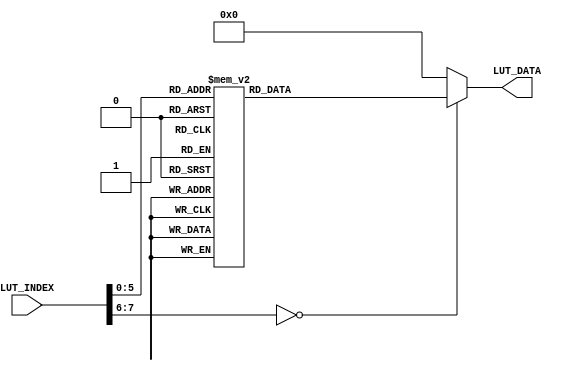
`timescale 1ns / 1ps
//////////////////////////////////////////////////////////////////////////////////
// Company: 
// Engineer: 
// 
// Design Name: 
// Module Name:    i2c_hdmi_config 
// Project Name: 
// Target Devices: 
// Tool versions: 
// Description: 
//
// Dependencies: 
//
// Revision: 
// Revision 0.01 - File Created
// Additional Comments: 
//
//////////////////////////////////////////////////////////////////////////////////
module i2c_hdmi_config(
		input [7:0] LUT_INDEX,
		output reg [15:0] LUT_DATA
    );
/////////////////////	Config Data LUT	  //////////////////////////	
always@(*)
begin
	case(LUT_INDEX)
	//Audio Config Data
	//Read Data Index
	 0 	: 	LUT_DATA	= 	16'h1204;	
	 1 	: 	LUT_DATA	= 	16'h40d0;	
	 2 	: 	LUT_DATA	= 	16'h3a04;	
	 3 	: 	LUT_DATA	=	16'h3dc8;	
	 4 	: 	LUT_DATA	= 	16'h1e01;	
	 5 	: 	LUT_DATA	= 	16'h6b00;	
	 6 	: 	LUT_DATA	= 	16'h32b6;	
	 7 	: 	LUT_DATA	= 	16'h1713;	
	 8 	: 	LUT_DATA	= 	16'h1801;	
	 9 	: 	LUT_DATA	= 	16'h1902;	
	 10	: 	LUT_DATA	= 	16'h1a7a;	
	 11	: 	LUT_DATA	= 	16'h030a;	
	 12   : 	LUT_DATA	= 	16'h0c00;	
	 13   : 	LUT_DATA	= 	16'h3e00;	
	 14 : 	LUT_DATA	= 	16'h7000;	
	 15 : 	LUT_DATA	= 	16'h7100;	
	 16 : 	LUT_DATA	= 	16'h7211;	
	 17 : 	LUT_DATA	= 	16'h7300;	
	 18 : 	LUT_DATA	= 	16'ha202;	
	 19 : 	LUT_DATA	= 	16'h1180;	
	 20 : 	LUT_DATA	= 	16'h7a20;
	 21 : 	LUT_DATA	= 	16'h7b1c;
	 22 : 	LUT_DATA	= 	16'h7c28;
	 23 : 	LUT_DATA	= 	16'h7d3c;
	 24 : 	LUT_DATA	= 	16'h7e55;
	 25 : 	LUT_DATA	= 	16'h7f68;
	 26 : 	LUT_DATA	= 	16'h8076;
	 27 : 	LUT_DATA	= 	16'h8180;
	 28 : 	LUT_DATA	= 	16'h8288;
	 29 : 	LUT_DATA	= 	16'h838f;
	 30 : 	LUT_DATA	= 	16'h8496;
	 31 : 	LUT_DATA	= 	16'h85a3;
	 32 : 	LUT_DATA	= 	16'h86af;
	 33 : 	LUT_DATA	= 	16'h87c4;
	 34 : 	LUT_DATA	= 	16'h88d7;
	 35 : 	LUT_DATA	= 	16'h89e8;
	 36 : 	LUT_DATA	= 	16'h13e0;
	 37 : 	LUT_DATA	= 	16'h0000;
	 38 : 	LUT_DATA	= 	16'h1000;
	 39 : 	LUT_DATA	= 	16'h0d00;
	 40 : 	LUT_DATA	= 	16'h1428;	//
	 41 : 	LUT_DATA	= 	16'ha505;
	 42 : 	LUT_DATA	= 	16'hab07;
	 43 : 	LUT_DATA	= 	16'h2475;
	 44 : 	LUT_DATA	= 	16'h2563;
	 45 : 	LUT_DATA	= 	16'h26a5;
	 46 : 	LUT_DATA	= 	16'h9f78;
	 47 : 	LUT_DATA	= 	16'ha068;
	 48 : 	LUT_DATA	= 	16'ha103;
	 49 : 	LUT_DATA	= 	16'ha6df;
	 50 : 	LUT_DATA	= 	16'ha7df;
	 51 : 	LUT_DATA	= 	16'ha8f0;
	 52 : 	LUT_DATA	= 	16'ha990;
	 53 : 	LUT_DATA	= 	16'haa94;
	 54 : 	LUT_DATA	= 	16'h13ef;	//
	 55	: 	LUT_DATA	= 	16'h0e61;
	 56	: 	LUT_DATA	= 	16'h0f4b;
	 57	: 	LUT_DATA	= 	16'h1602;
	 58 : 	LUT_DATA	= 	16'h2102;
	 59 : 	LUT_DATA	= 	16'h2291;
	 60 : 	LUT_DATA	= 	16'h2907;
	 61 : 	LUT_DATA	= 	16'h330b;
	 62 : 	LUT_DATA	= 	16'h350b;
	 63 : 	LUT_DATA	= 	16'h371d;	 
	default		 :	LUT_DATA	=	0;
	endcase
end

endmodule